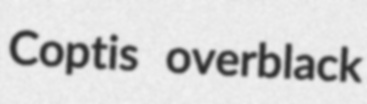
Coptis overblack